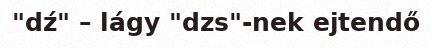
"dź" – lágy "dzs"-nek ejtendő